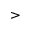
>